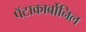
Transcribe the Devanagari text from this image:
पॅटाकार्बोनिल